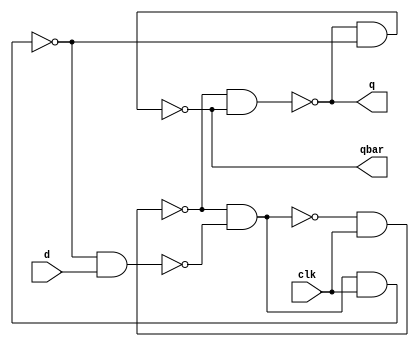

module posEdge_dff(d,clk,q,qbar);
	input d, clk;
	wire s1,s2,s3,s4;
	output q,qbar;
	
	always @(posedge clk);
	
	nand n1(s1,s4,s2);
	nand n2(s2,s1,clk);
	nand n3(s3,s2,s4,clk);
	nand n4(s4,s3,d);

	nand n5(q,s2,qbar);
	nand n6(qbar,q,s3);

endmodule

module testBench;	
	
	reg d,clk,s1,s2,s3,s4;
	wire q,qbar;
	
	posEdge_dff pdff(d,clk,q,qbar);
	initial	begin
		clk = 0;
		d = 0;
		
		$dumpfile("GDFF.vcd");
		$dumpvars(1,pdff);
		#1 d = 1;
		#1 d = 0;
		#1 d = 1;
		#2 d = 0;
		#1 d = 1;
		#1 d = 0;
		#3 d = 1;
		#1 d = 0;
		#2 d = 1;
		#1 d = 0;
		#2 d = 1;
		#6 d = 0;
		$finish;
	end
		always #1 clk = ~clk;
		//$finish;
	
endmodule